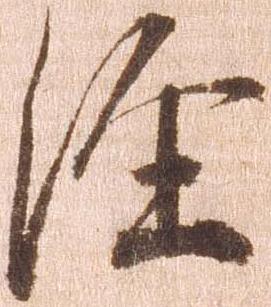
経